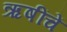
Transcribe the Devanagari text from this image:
ऋषींचें